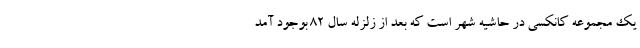
یک مجموعه کانکسی در حاشیه شهر است که بعد از زلزله سال ۸۲ بوجود آمد